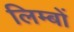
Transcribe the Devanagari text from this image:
लिम्बों